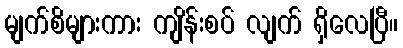
မျက်စိများကား ကျိန်းစပ် လျက် ရှိလေပြီ။